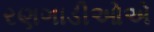
રણગાડીઓએ